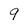
Character: 9